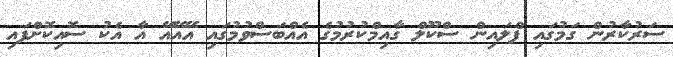
ސަރުކާރުން ގަމުގައި ފްލައިން ސްކޫލް ގާއިމްކުރުމުގެ އެއްބަސްވުމުގައި އޭއޭއޭ އާ އެކު ސޮއިކޮށްފައި